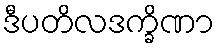
ဒီပတိလဒက္ခိဏာ